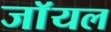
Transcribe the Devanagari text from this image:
जाॅयल